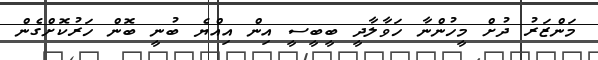
މަންޒަރު ދުށް މީހުންނާ ހަވާލާދީ ބީބީސީ އިން އިއްޔެ ބުނީ ބޮން ހަރުކޮށްގެން